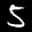
Label: 5